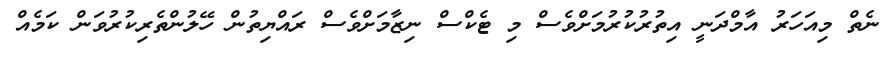
ނެތް މިއަހަރު އާމްދަނީ އިތުރުކުރުމަށްވެސް މި ޓެކްސް ނިޒާމަށްވެސް ރައްޔިތުން ހޭލުންތެރިކުރުވަން ކަމެއް